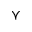
\curlyvee